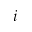
i